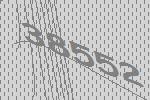
38552